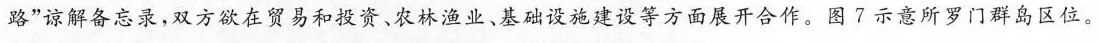
路”谅解备忘录，双方欲在贸易和投资、农林渔业、基础设施建设等方面展开合作。图7示意所罗门群岛区位。